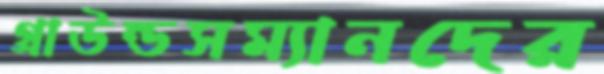
গ্রাউন্ডসম্যানদের